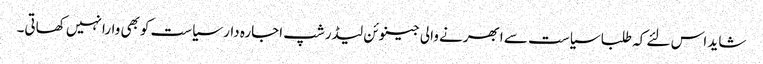
شاید اس لئے کہ طلبا سیاست سے ابھرنے والی جینوئن لیڈرشپ اجارہ دار سیاست کوبھی وارا نہیں کھاتی۔